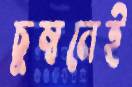
চুম্বনেই